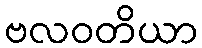
ဗလဝတိယာ